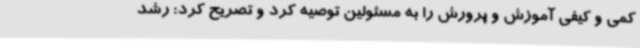
کمی و کیفی آموزش و پرورش را به مسئولین توصیه کرد و تصریح کرد: رشد